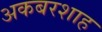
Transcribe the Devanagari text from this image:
अकबरशाह